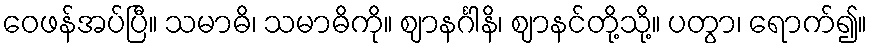
ဝေဖန်အပ်ပြီ။ သမာဓိ၊ သမာဓိကို။ ဈာနင်္ဂါနိ၊ ဈာနင်တို့သို့။ ပတွာ၊ ရောက်၍။